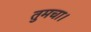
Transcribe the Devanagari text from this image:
तुमचा।